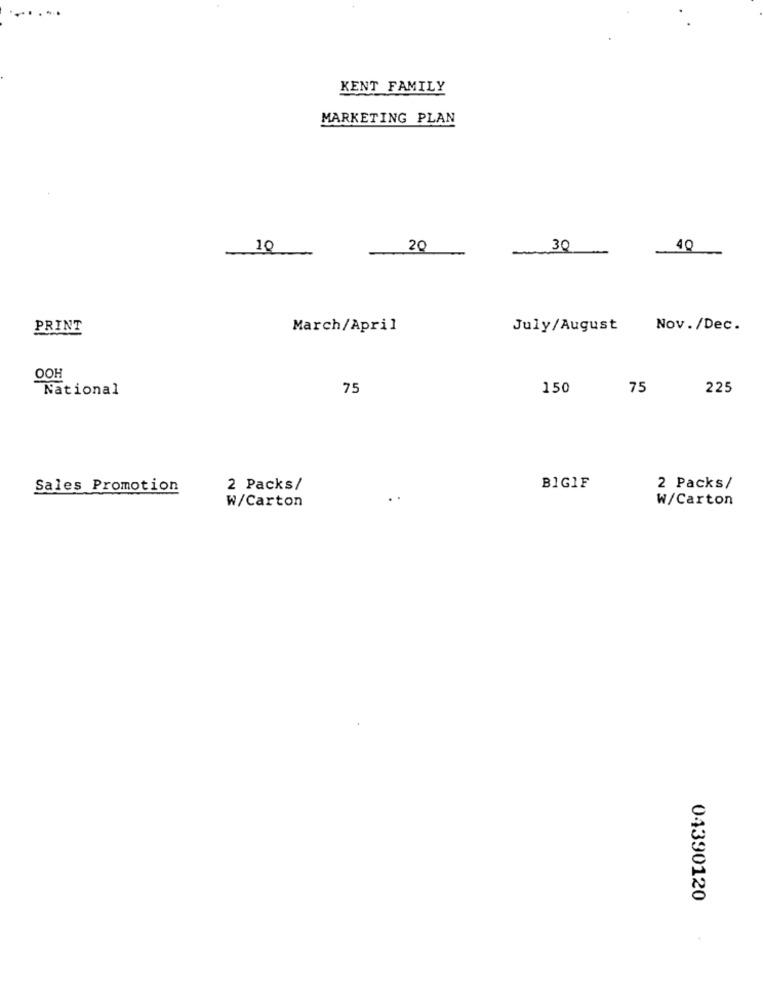
KENT FAMILY
MARKETING PLAN
10
20
30
40
PRINT
March/April
July/August
Nov./Dec.
OOH
National
75
150
75
225
Sales Promotion
2 Packs/
BIG1F
2 Packs/
W/Carton
W/Carton
04390120